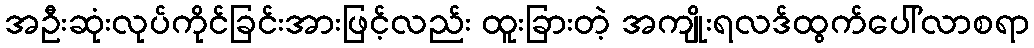
အဦးဆုံးလုပ်ကိုင်ခြင်းအားဖြင့်လည်း ထူးခြားတဲ့ အကျိုးရလဒ်ထွက်ပေါ်လာစရာ